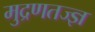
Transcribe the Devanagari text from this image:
मुद्रणतज्ज्ञ